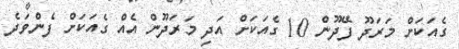
ގެއަކަށް މަރަދޫ ފޭދޫން 10 ގެއަކަށް އަދި މަރަދޫން އެއް ގެއަކަށް ފެންވަދެ